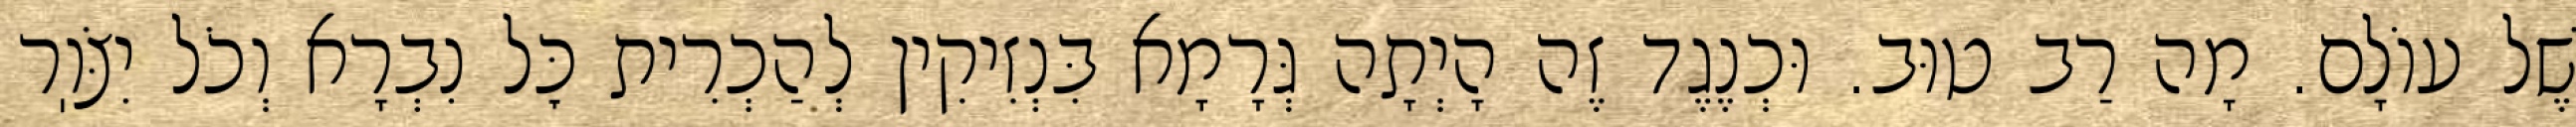
שֶׁל עוֹלָם. מָה רַב טוּב. וּכְנֶגֶד זֶה הָיְתָה גְּרָמָא בִּנְזִיקִין לְהַכְרִית כׇּל נִבְרָא וְכֹל יִצֹּוֽר